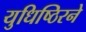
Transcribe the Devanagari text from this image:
युधिष्ठिरने